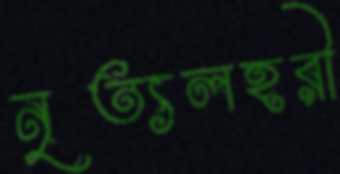
নৃত্যলহরী